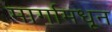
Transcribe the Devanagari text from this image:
मार्गामधून